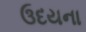
ઉદયના